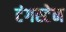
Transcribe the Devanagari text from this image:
टंगस्टेन